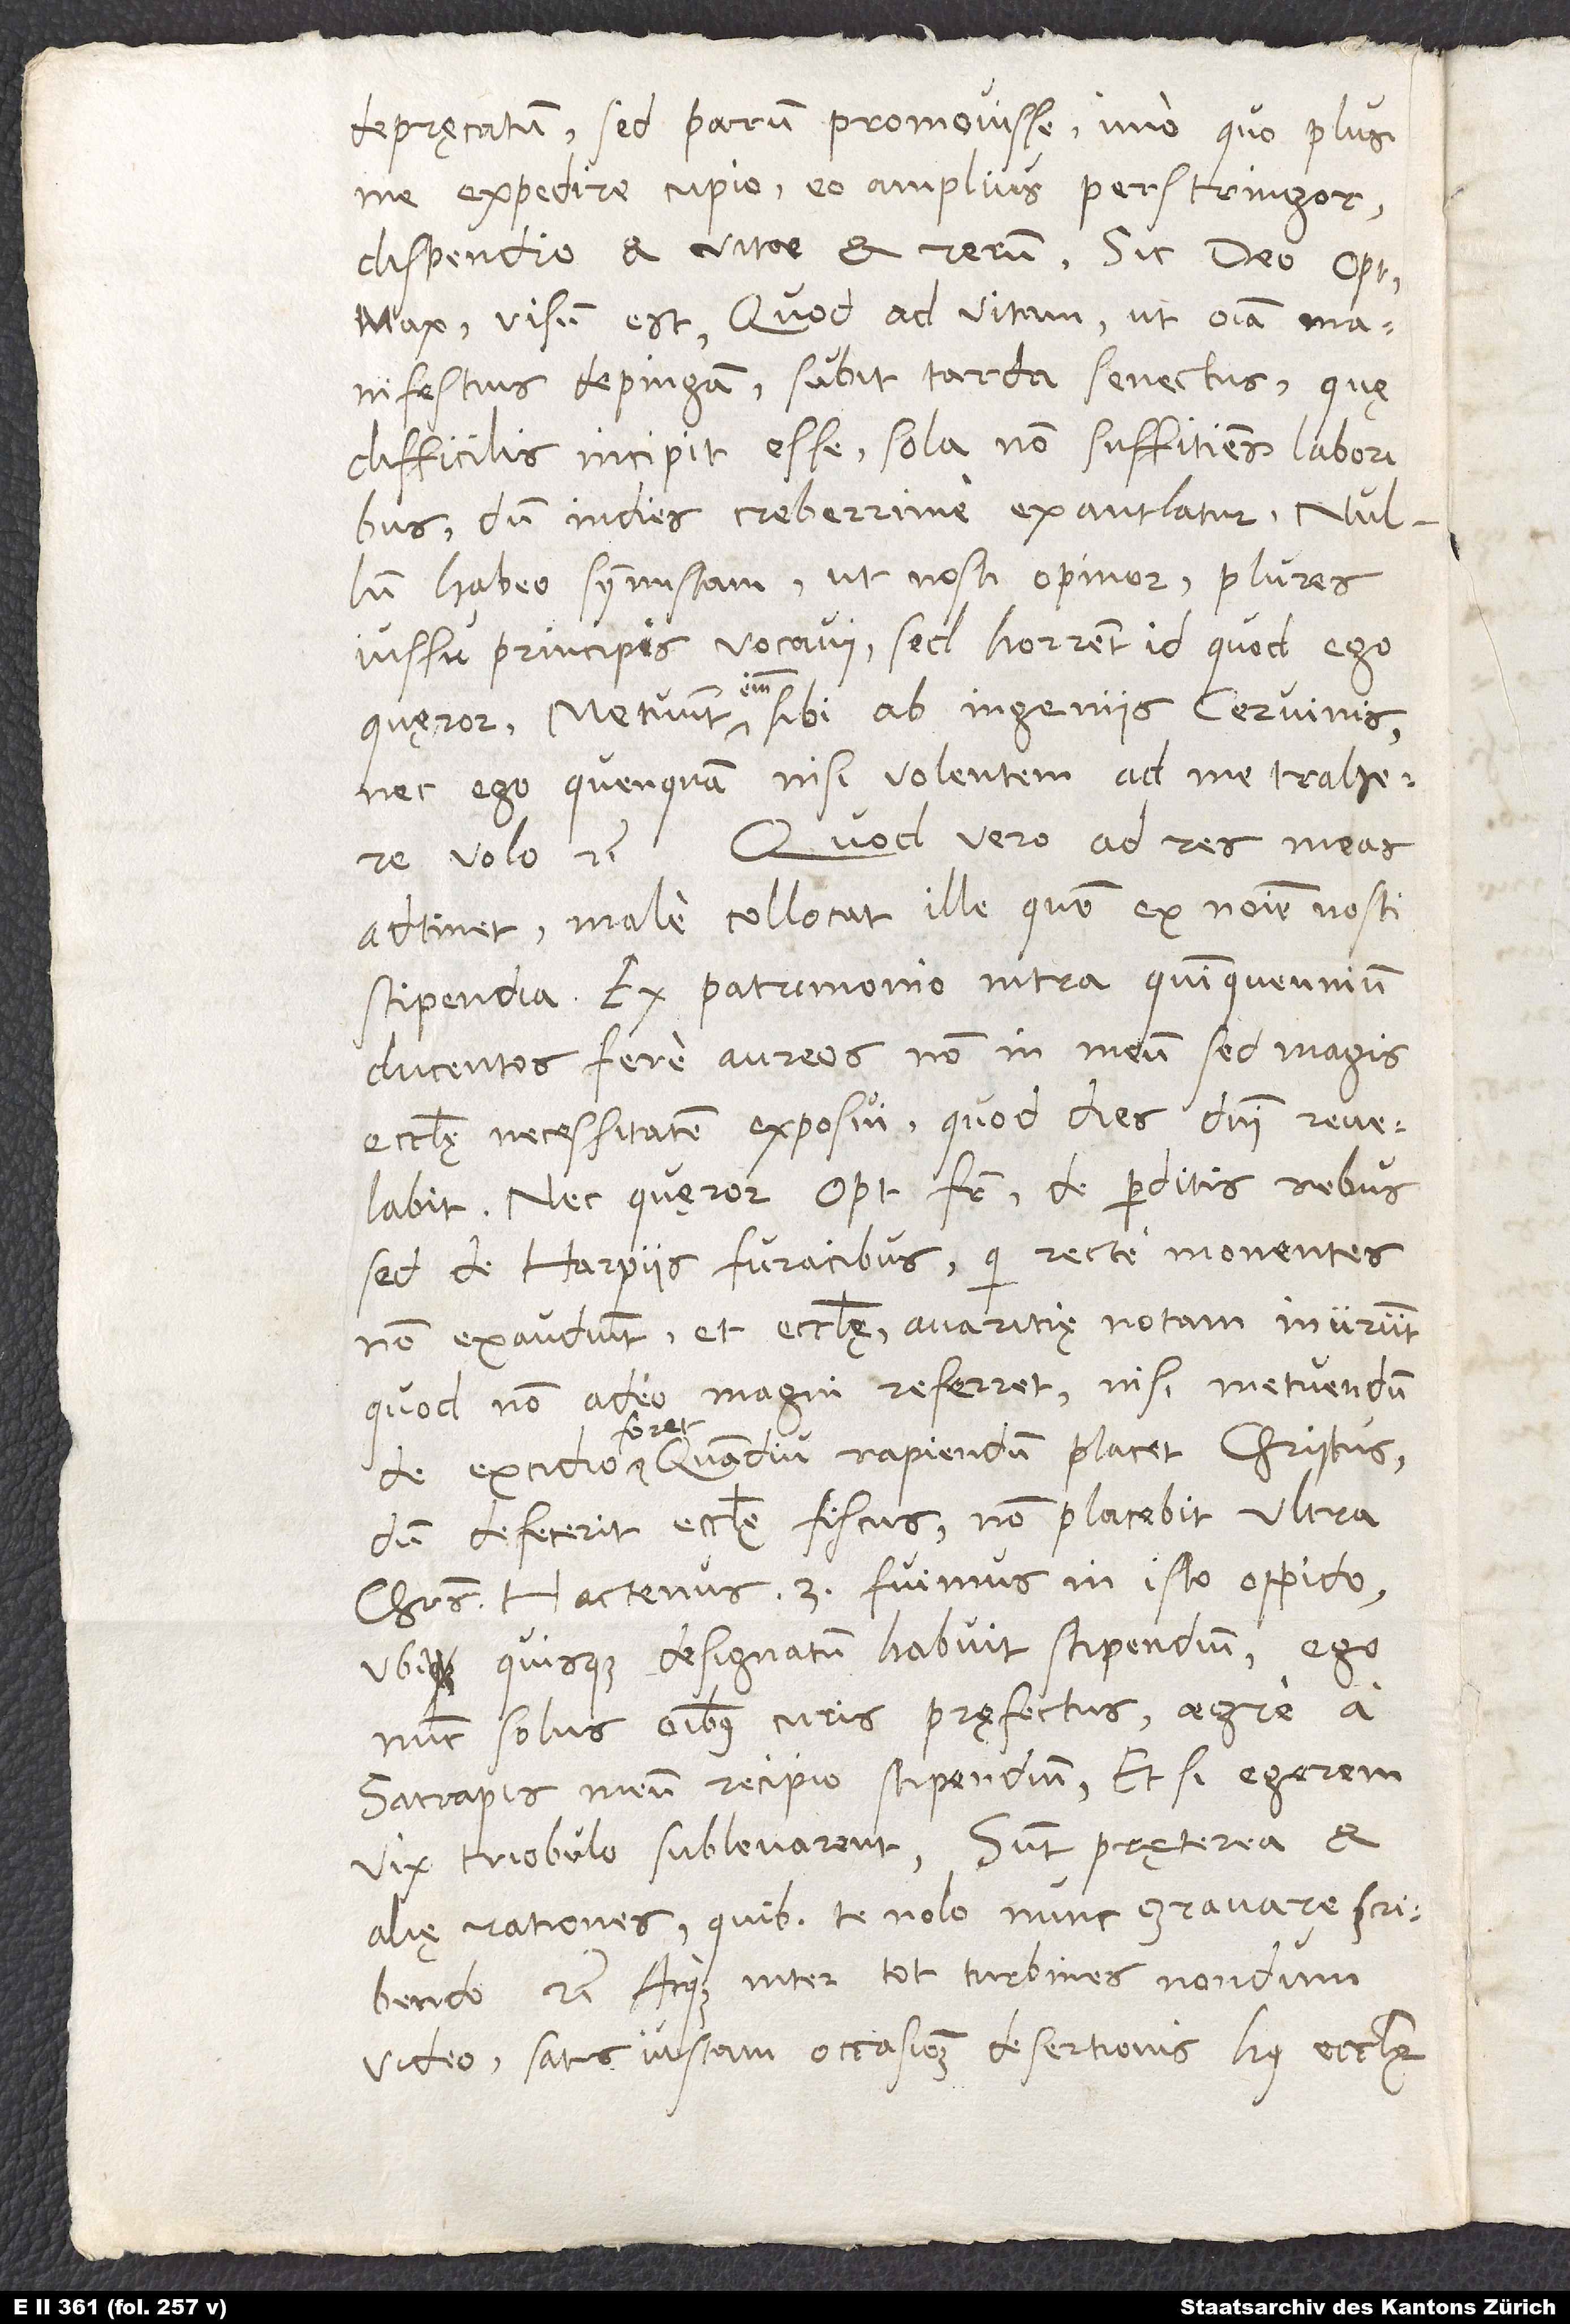
depręcatum, sed parum promovisse; imo, quo plus
me expedire cupio, eo amplius perstringor
dispendio et vitae et rerum. Sic deo optimo
maximo visum est. Quod ad vitam, ut omnia manifestius
depingam, subit tarda senectus, quę
difficilis incipit esse, sola non suffitiens laboribus,
dum indies creberrime exantlatur. Nullum
habeo symmistam, ut nosti, opinor. Plures
iussu principis vocavi; sed horrent id, quod ego
quęror. Metuunt enim sibi ab ingeniis cervinis,
nec ego quenquam nisi volentem ad me trahere
volo, etc. Quod vero ad res meas
adtinet, male collocat ille, quem ex nomine nosti,
stipendia. Ex patrimonio intra quinquennium
ducentos fere aureos non in meam, sed magis
ecclesię necessitatem exposui, quod dies domini revelabit.
Nec quęror, optime frater, de perditis rebus,
sed de Harpiis furacibus, qui recte monentes
non exaudiunt et ecclesię avaritię notam inurunt;
quod non adeo magni referret, nisi metuendum
foret
de excidio foret. Quamdiu rapiendum, placet Christus;
dum defecerit ecclesię fiscus, non placebit ultra
Christus! Hactenus 3 fuimus in isto oppido,
ubi quisque designatum habuit stipendium. Ego
nunc solus omnibus curis pręfectus aegre a
satrapis meum recipio stipendium, et si egerem,
vix triobulo sublevarent. Sunt pręterea et
alię rationes, quibus te nolo nunc gravare scribendo,
etc. Atque inter tot turbines nondum
video satis iustam occasionem desertionis huius ecclesię.